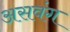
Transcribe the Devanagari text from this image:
असवंग